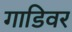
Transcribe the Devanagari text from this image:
गाडिवर